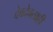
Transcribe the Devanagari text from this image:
देवदेवताही